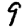
Digit: 9